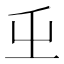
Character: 𭕾